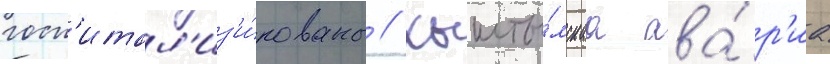
госп'итал'из'и́рованы // Кышты́мскаа ава́р'иа